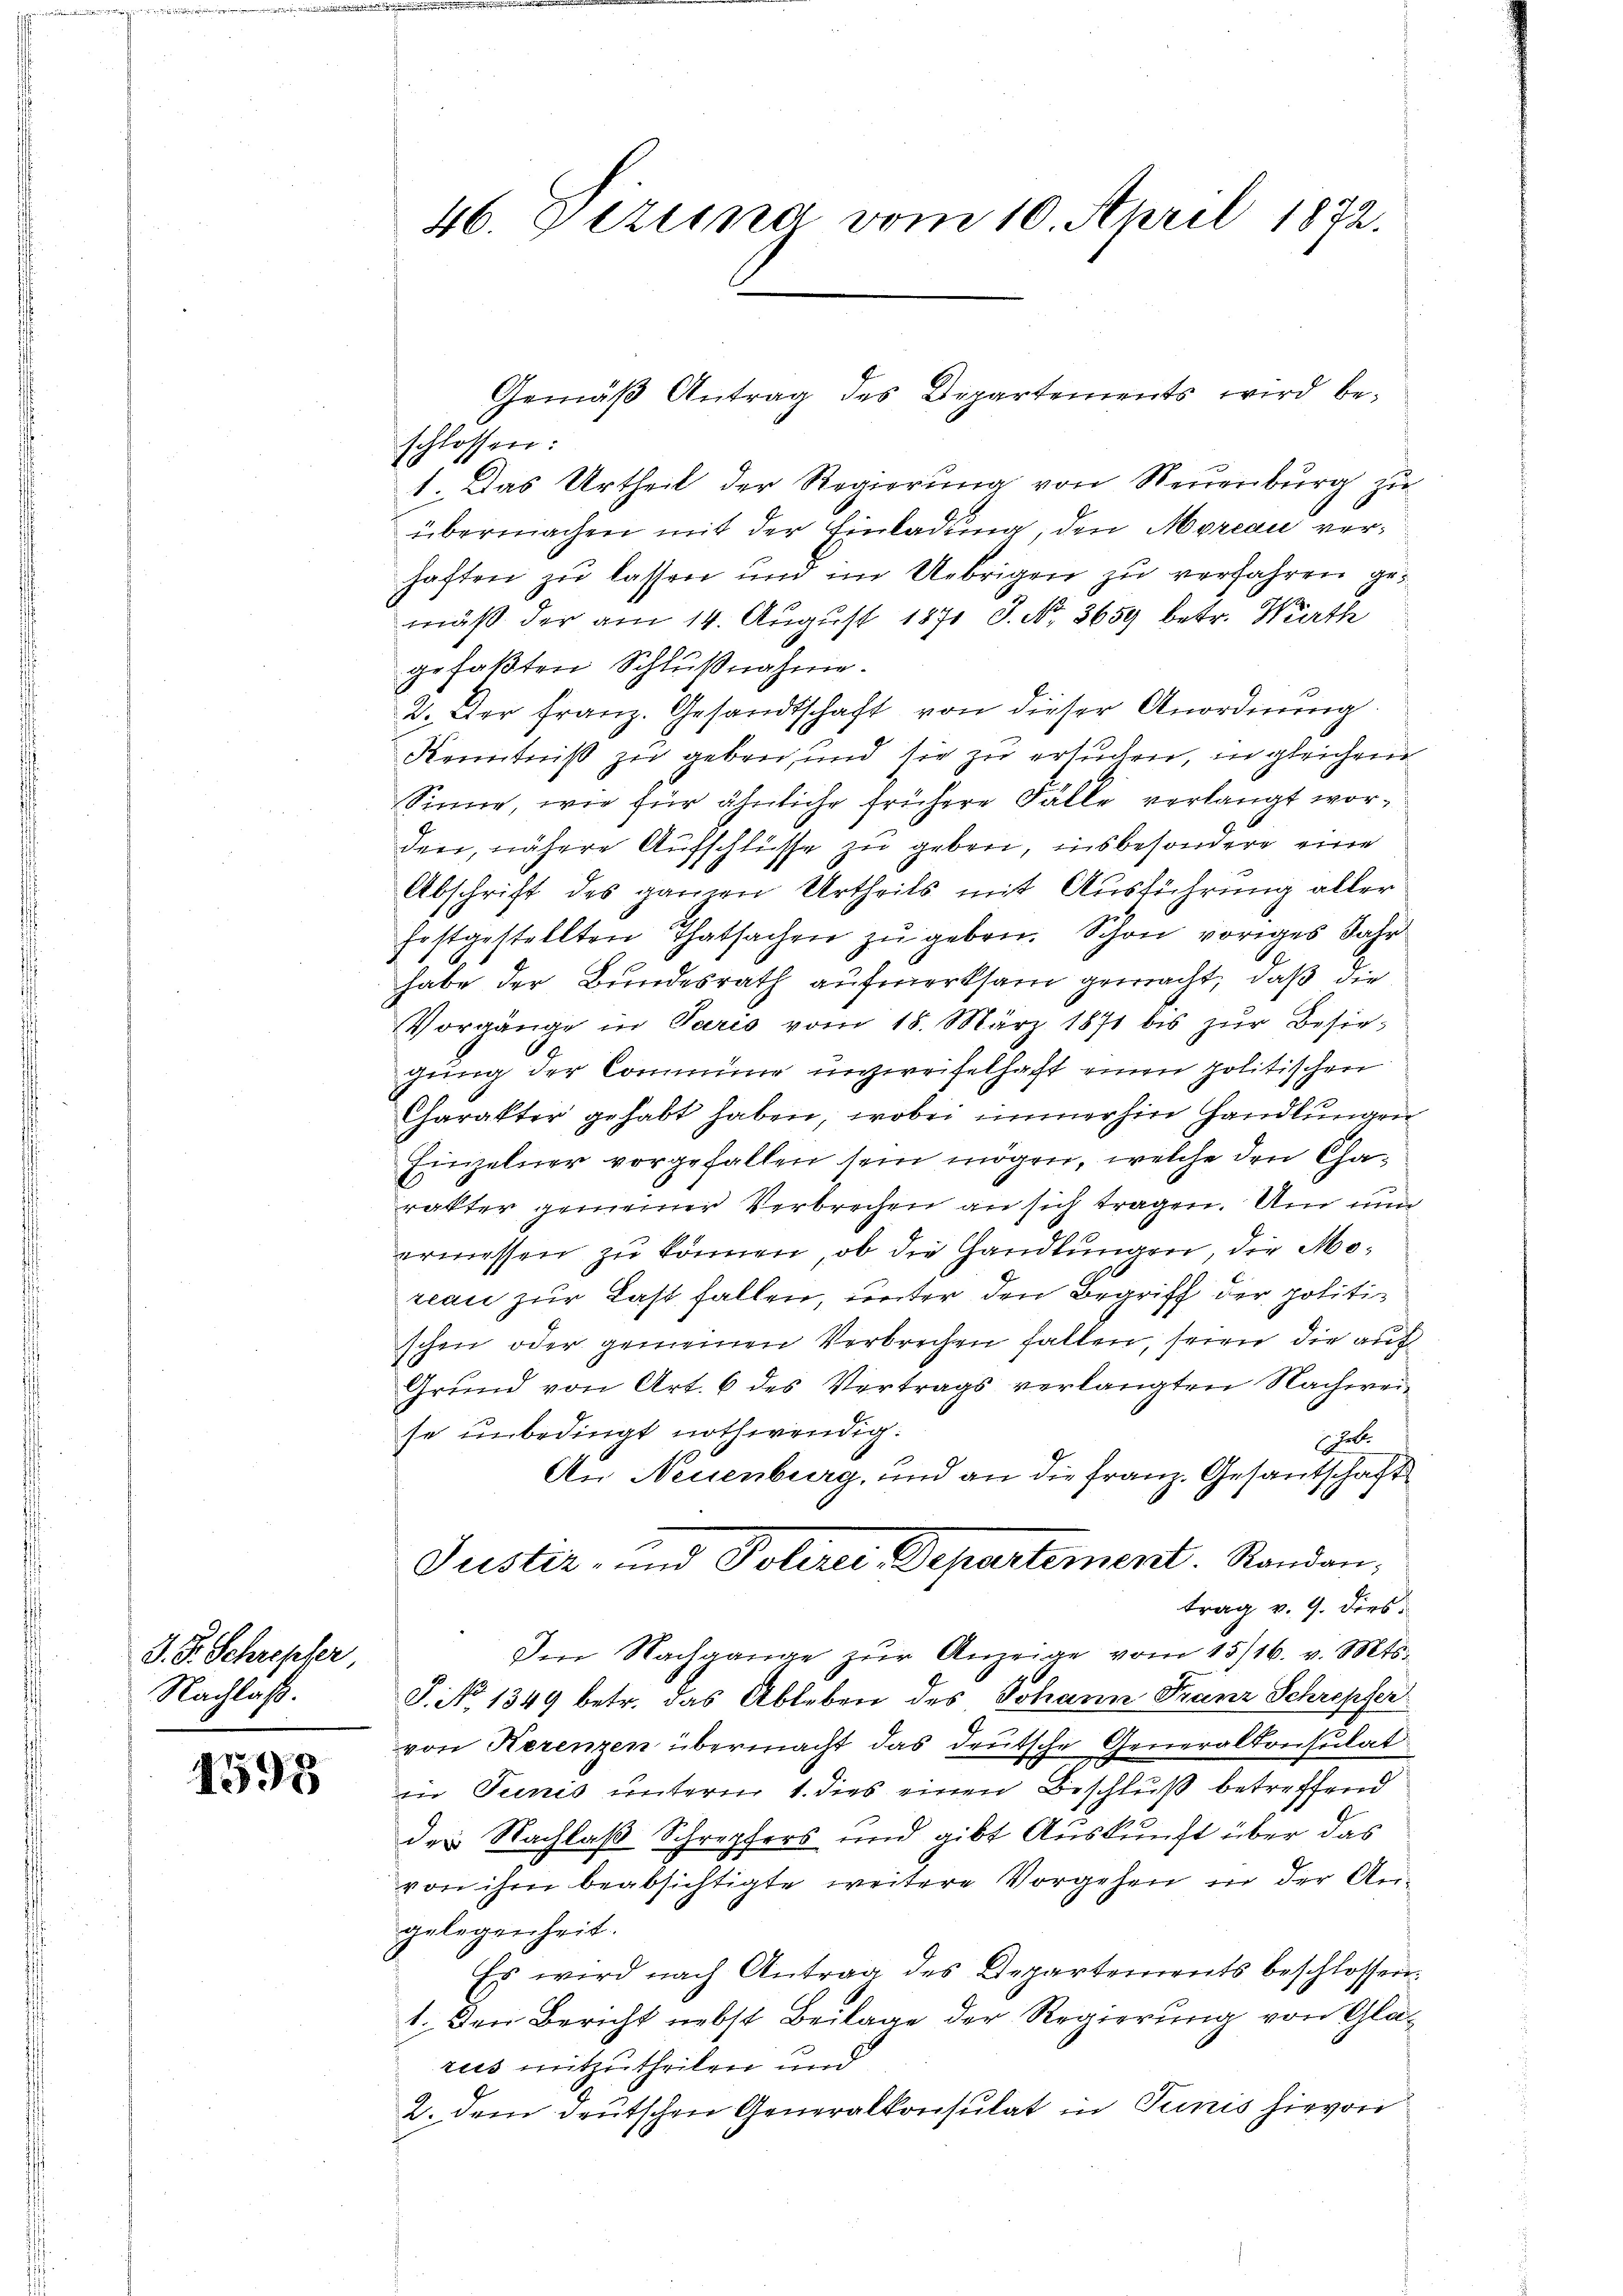
J. J. Schrepfer
Nachlaß.

1595

46. Dezung vom 10. April 1872.

schlossen:
1. Das Urtheil der Regierung von Neuenburg zu
übermachen mit der Einladung, den Moreau verhaften zu lassen und im Uebrigen zu verfahren gemäß der am 14. August 1871 S. Nr. 3659 betr. Wirthe
gefaßten Schlußnahme.
2. Der franz. Gesandtschaft von dieser Anordnung
Kenntniß zu geben, und sie zu ersuchen, in gleichen
Sinne, wie für ähnliche frühere Fälle verlangt worden, nähere Aufschlüsse zu geben, insbesondere eine
Abschrift des garnen Urtheils mit Ausführung aller
fostgestellten Thatsachen zŭ geben. Schon voriges Jahr
habe der Bundesrath aufmerksam gemacht, daß die
Vorgänge in Paris vom 18. März 1871 bis zŭr Besiegung der Commung unzweifelhaft einen politischen
Charakter gehabt haben, wobei immerhin handlungen
Einzelner vorgefallen sein mögen, welche den Charakter gemeiner Verbrechen an sich tragen. Und nun
ermessen zu können, ob die Handlungen, die Moreau zur Last fallen, unter den Begriff der politischen oder gemeinen Verbrechen fallen, seien die auf
Grund von Art. 6 des Vertrags verlangten Nachweise unbedingt nothwendig.
Ehele
An Neuenburg, und an die Franz. Gesantschaft
Juster, und Polirer Departement. Randan;
trag v. 9. dies
Ien Nachgange zŭr Anzeige vom 15/16. v. Mts.
J. No 1349 betr. das Ableben des Johann Franz Schrepfer
von Herenzen übermacht das deutsche Generalkonsulat
Die Junis unterm 1. dies einen Beschluß betreffend
des Nachlaß Schrepfers und gibt Auskunft über das
von ihm beabsichtigte weitere Vorgehen in der Angelegenheit.
Es wird nach Antrag des Departements beschlossen:
1. Den Bericht nebst Beilage der Regierung von Glärus mitzutheilen und
2. dem deutschen Generalkonsulat in Tunis hievon

Gemäß Antrag des Departements wird be¬